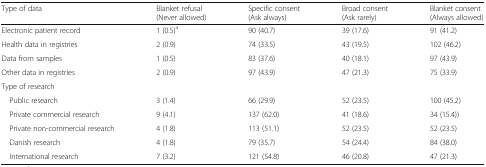
<table><thead><tr><td><b>Type of data</b></td><td><b>Blanket refusal (Never allowed)</b></td><td><b>Specific consent (Ask always)</b></td><td><b>Broad consent (Ask rarely)</b></td><td><b>Blanket consent (Always allowed)</b></td></tr></thead><tbody><tr><td>Electronic patient record</td><td>1 (0.5)<sup>a</sup></td><td>90 (40.7)</td><td>39 (17.6)</td><td>91 (41.2)</td></tr><tr><td>Health data in registries</td><td>2 (0.9)</td><td>74 (33.5)</td><td>43 (19.5)</td><td>102 (46.2)</td></tr><tr><td>Data from samples</td><td>1 (0.5)</td><td>83 (37.6)</td><td>40 (18.1)</td><td>97 (43.9)</td></tr><tr><td>Other data in registries</td><td>2 (0.9)</td><td>97 (43.9)</td><td>47 (21.3)</td><td>75 (33.9)</td></tr><tr><td colspan="5">Type of research</td></tr><tr><td> Public research</td><td>3 (1.4)</td><td>66 (29.9)</td><td>52 (23.5)</td><td>100 (45.2)</td></tr><tr><td> Private commercial research</td><td>9 (4.1)</td><td>137 (62.0)</td><td>41 (18.6)</td><td>34 (15.4))</td></tr><tr><td> Private non-commercial research</td><td>4 (1.8)</td><td>113 (51.1)</td><td>52 (23.5)</td><td>52 (23.5)</td></tr><tr><td> Danish research</td><td>4 (1.8)</td><td>79 (35.7)</td><td>54 (24.4)</td><td>84 (38.0)</td></tr><tr><td> International research</td><td>7 (3.2)</td><td>121 (54.8)</td><td>46 (20.8)</td><td>47 (21.3)</td></tr></tbody></table>